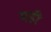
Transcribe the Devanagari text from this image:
मडी